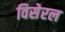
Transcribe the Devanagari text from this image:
विसेरल